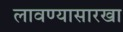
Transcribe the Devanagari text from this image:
लावण्यासारखा